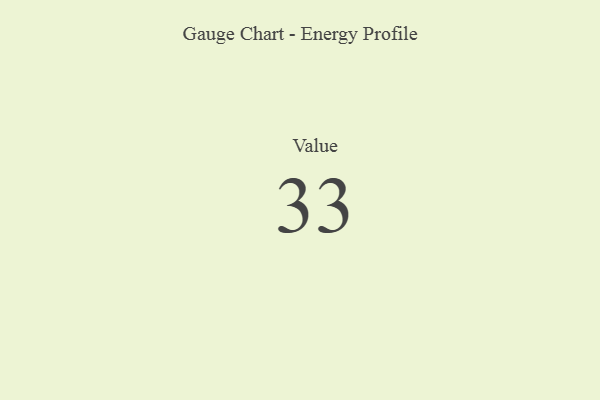
{"axis": {"x": "Metric", "y": "Value"}, "legend": [""], "data": [{"x": "Value", "y": 33, "type": ""}]}